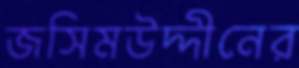
জসিমউদ্দীনের